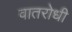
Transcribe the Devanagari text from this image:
वातरोधी